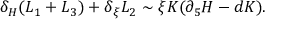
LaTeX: \delta _ { \cal H } ( L _ { 1 } + L _ { 3 } ) + \delta _ { \xi } L _ { 2 } \sim \xi K ( \partial _ { 5 } { \cal H } - d K ) .